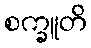
စက္ခူတိ